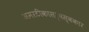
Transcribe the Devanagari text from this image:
अमरटीकासर्वस्वकार